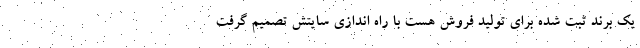
یک برند ثبت شده برای تولید فروش هست با راه اندازی سایتش تصمیم گرفت